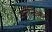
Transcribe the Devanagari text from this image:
अत्तेन्तिओन